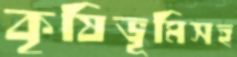
কৃষিভূমিসহ